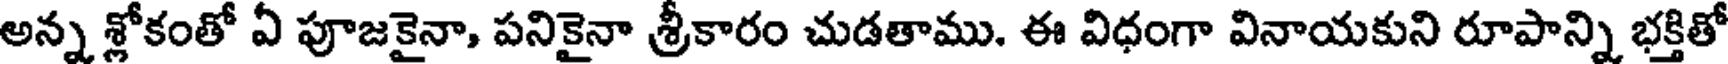
అన్న శ్లోకంతో ఏ పూజకైనా, పనికైనా శ్రీకారం చుడతాము. ఈ విధంగా వినాయకుని రూపాన్ని భక్తితో